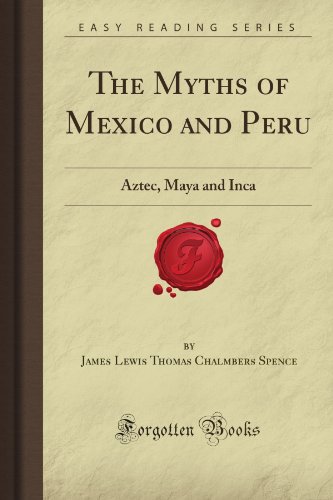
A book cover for The Myths of Mexico and Peru: Aztec, Maya and Inca (Forgotten Books); James Lewis Thomas Chalmbers Spence; History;